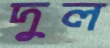
দুল